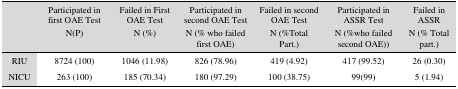
<table><thead><tr><td></td><td><b>Participated in first OAE TestN(P)</b></td><td><b>Failed in First OAE TestN (%)</b></td><td><b>Participated in second OAE TestN (% who failed first OAE)</b></td><td><b>Failed in second OAE TestN (%Total Part.)</b></td><td><b>Participated in ASSR TestN (%who failed second OAE))</b></td><td><b>Failed in ASSRN (% Total part.)</b></td></tr></thead><tbody><tr><td>RIU</td><td>8724 (100)</td><td>1046 (11.98)</td><td>826 (78.96)</td><td>419 (4.92)</td><td>417 (99.52)</td><td>26 (0.30)</td></tr><tr><td>NICU</td><td>263 (100)</td><td>185 (70.34)</td><td>180 (97.29)</td><td>100 (38.75)</td><td>99(99) </td><td>5 (1.94)</td></tr></tbody></table>